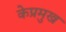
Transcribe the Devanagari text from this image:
केप्रमुख